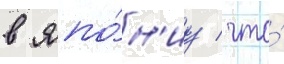
в япо́н'иу / что́